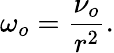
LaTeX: \omega_{o}=\frac{\nu_{o}}{r^{2}}.